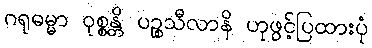
ဂရုဓမ္မာ ဝုစ္စန္တိ ပဉ္စသီလာနိ ဟုဖွင့်ပြထားပုံ